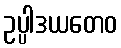
ဥပ္ပါဒယတေဝ